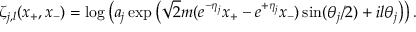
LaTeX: \zeta _ { j , l } ( x _ { + } , x _ { - } ) = \log \left( a _ { j } \exp \left( \sqrt { 2 } m ( e \sp { - \eta _ { j } } x _ { + } - e \sp { + \eta _ { j } } x _ { - } ) \sin ( \theta _ { j } / 2 ) + i l \theta _ { j } \right) \right) .